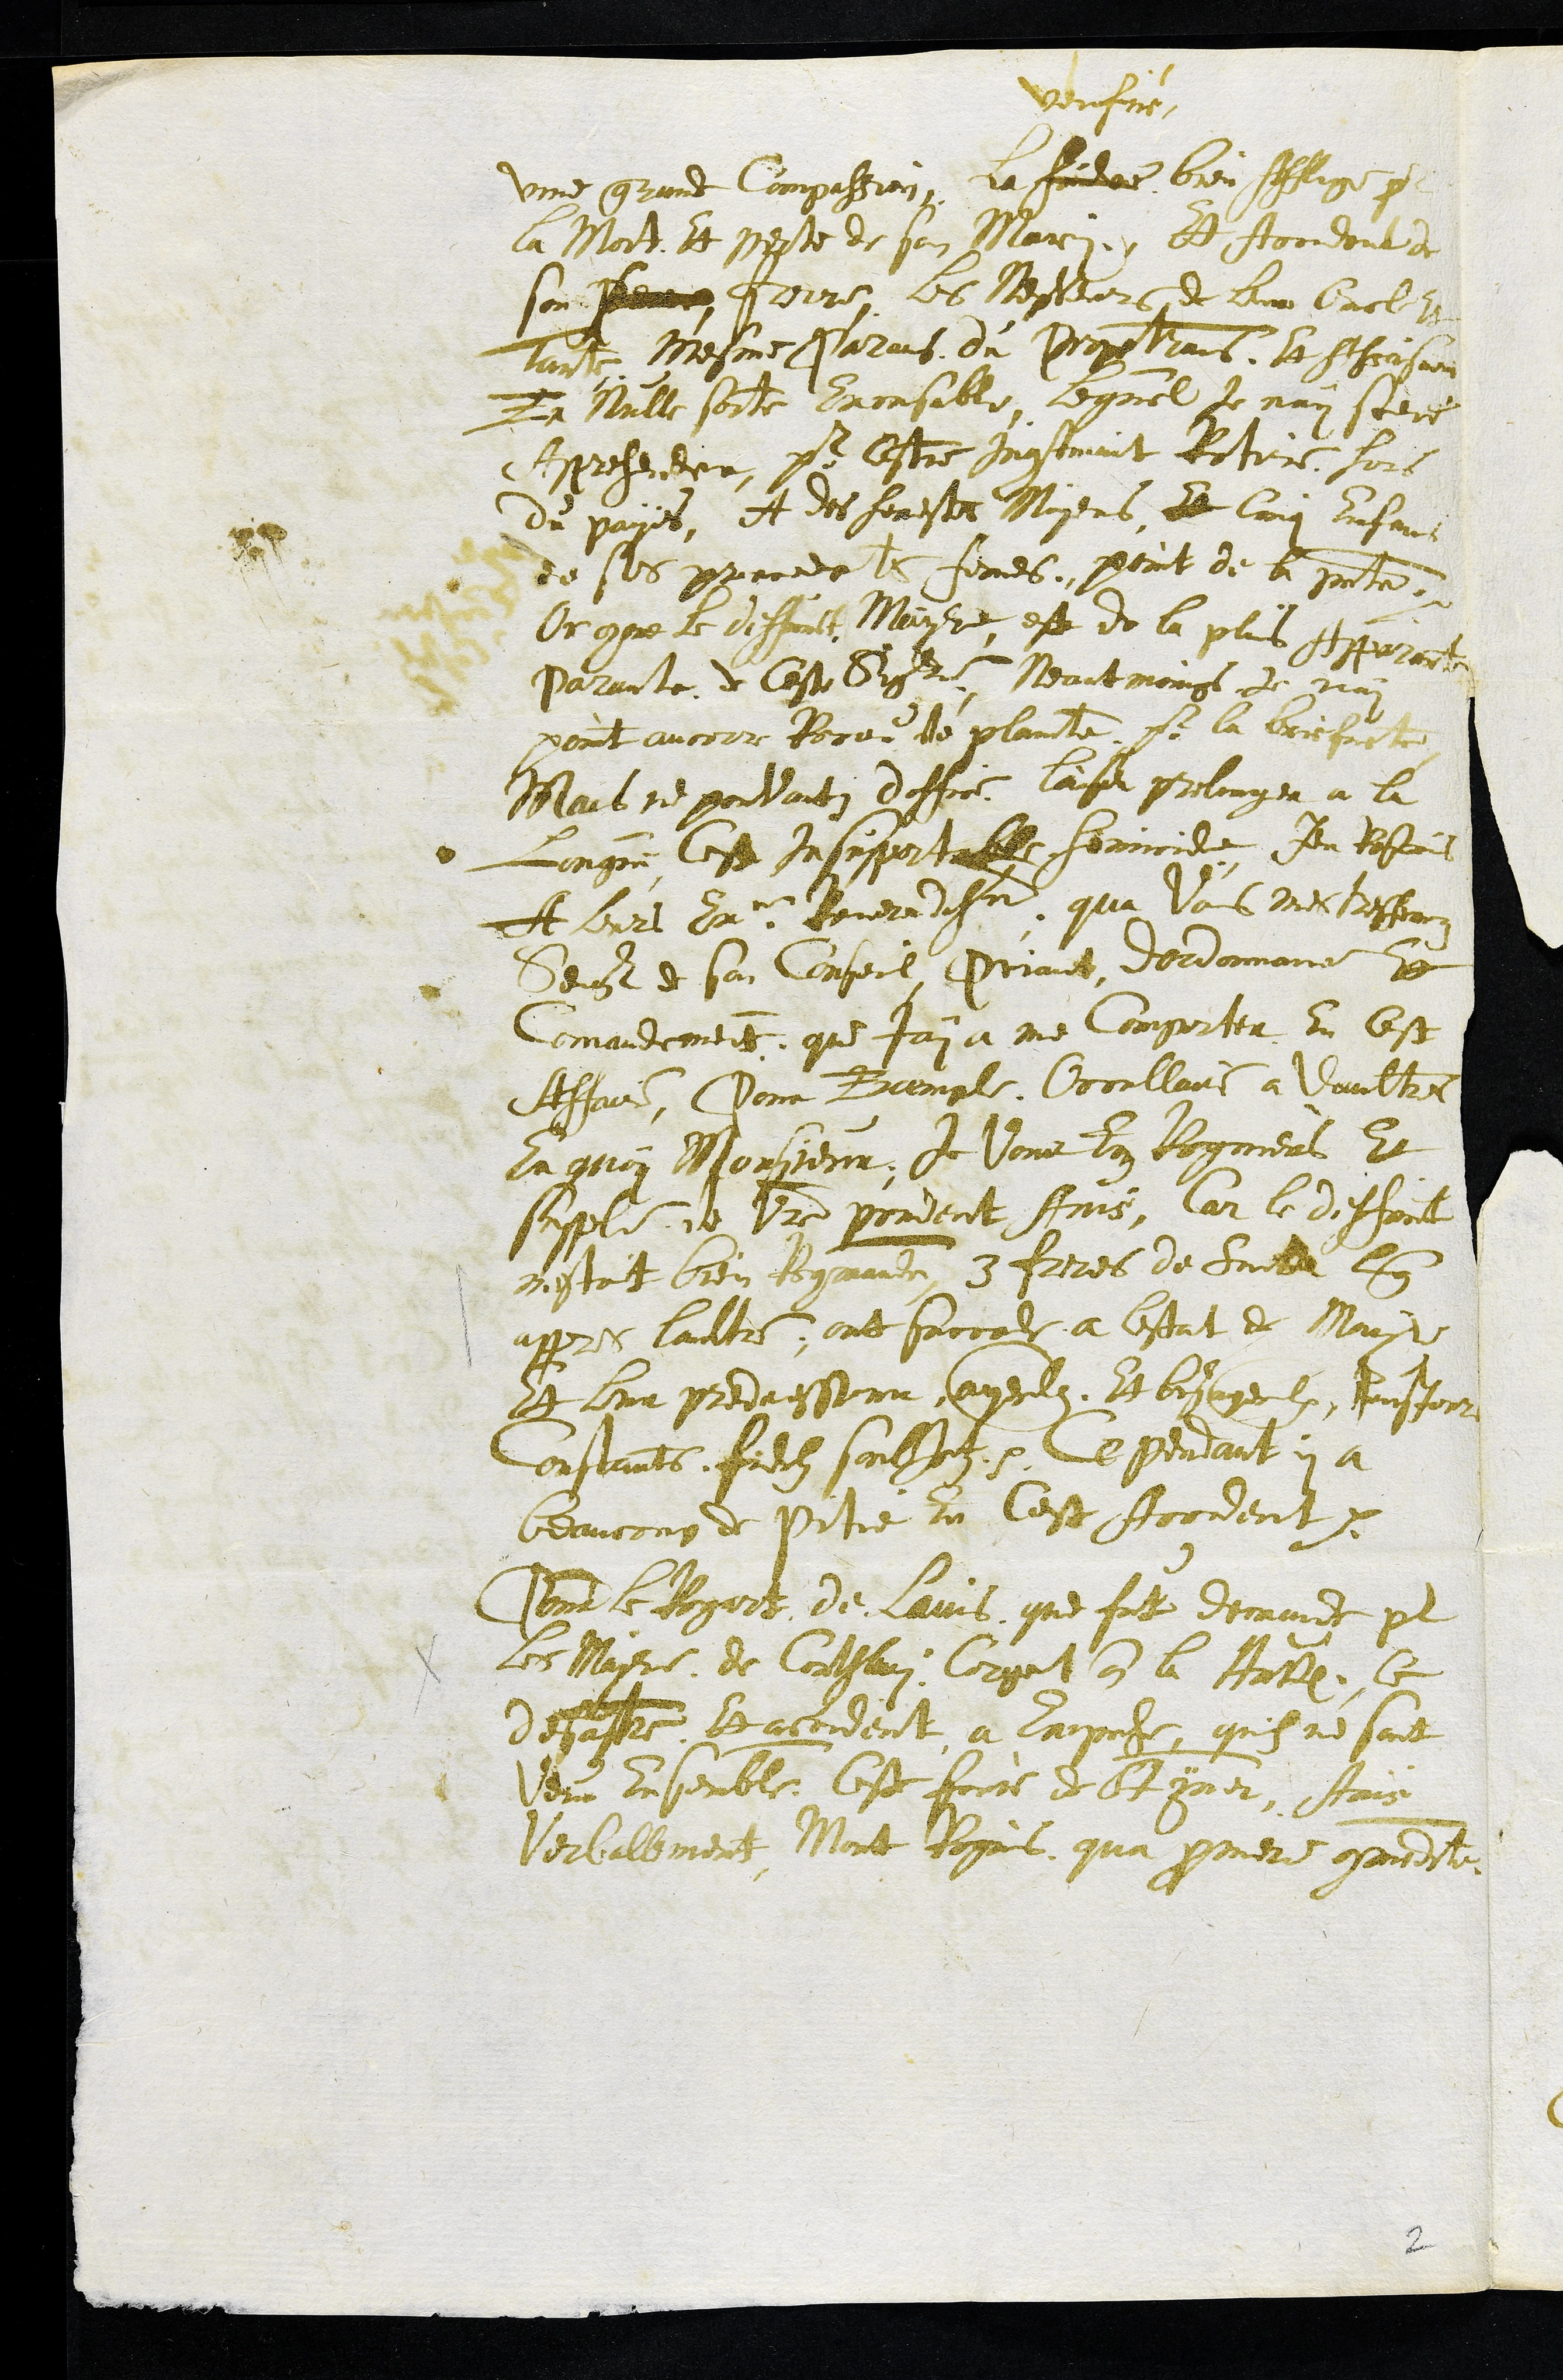
une grande Compassion, la
veufve
bien Afflige par
la Mort Et perte de son Mary, Et Accident de
son Pere frerre, les Nepveurs de leur Oncle et
Tante Mesme Parens du Perpetrans Et Assasain
En nulle sorte Excusable, lequel je nay sceud
Apprehender, pour cestre Incontinent Retire hors
du payes, A des honestes Moyens Et Cinq Enfans
de ses precedente femes, Point de la presente.
Or comme le deffunct Mayre est de la plus Apparente
Parante de Ceste Seigneurie, Neantmoings je nai
point ancorre Receu de plainte pour la briefecte
Mais ne pouvants doffice laisser prolonger a la
Longueur Cest Insupportable homicide Jen Rescris
A leurs Excellences Reverendissime qua Vous mes tres honorez
Seigneurs de son Conseil, Priant dordonnance Et
Comandement que jay a me Comporter En cest
Affaire Pour Exemple Occullaire a Daultres
En quoy Monsieur, Je Vous En Requies Et
supplie de Votre prudent Avis, Car le deffunt
mestoit bien Recomande, 3 freres de Suitte lung
appres laultre, ont succede a lestat de Mayre
Et leur predecesseur ayeulx Et bisayeulx tousjour
Constants fidelz soubJectz. Cependant y a
beaucoup de Pitie En Cest Accident.
Pour le Regard de lavis que fut demande par
les Maire de Corthlari, Corgemont comme la Hutte Ce
desastre Et accident a Empeche quils se sont
Venu Ensemble ceste foire de St ymer, Ains
Verballement Mont Requis qua premiere commodite
2